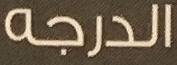
الدرجه